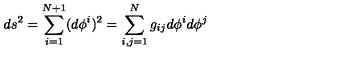
d s ^ { 2 } = \sum _ { i = 1 } ^ { N + 1 } ( d \phi ^ { i } ) ^ { 2 } = \sum _ { i , j = 1 } ^ { N } g _ { i j } d \phi ^ { i } d \phi ^ { j }